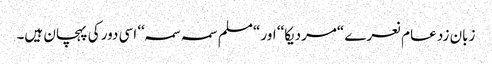
زبان زد عام نعرے “مردیکا‘‘ اور “مسلم سمہ سمہ‘‘ اسی دور کی پہچان ہیں۔